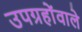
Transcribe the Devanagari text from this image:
उपग्रहोंवाले